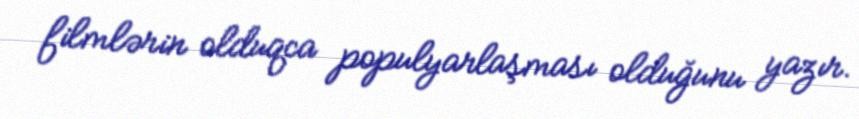
filmlərin olduqca populyarlaşması olduğunu yazır.